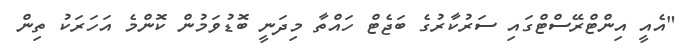
"އެއީ އިންޓްރޭސްޓްގައި ސަރުކާރުގެ ބަޖެޓް ހައްތާ މިދަނީ ބޮޑުވަމުން ކޮންމެ އަހަރަކު ތިން